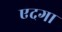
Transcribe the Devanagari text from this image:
एदगा